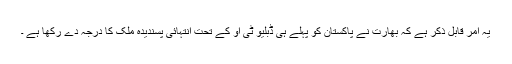
یہ امر قابل ذکر ہے کہ بھارت نے پاکستان کو پہلے ہی ڈبلیو ٹی او کے تحت انتہائی پسندیدہ ملک کا درجہ دے رکھا ہے ۔